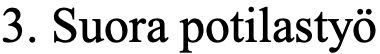
3. Suora potilastyö